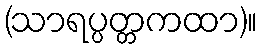
(သာရပ္ပတ္တကထာ)။